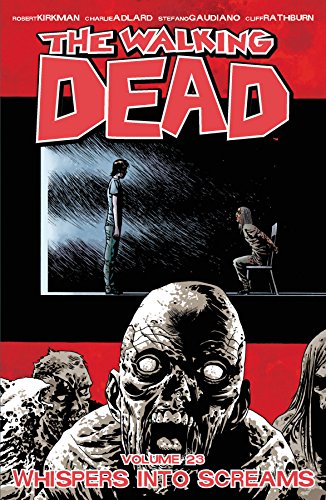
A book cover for The Walking Dead Volume 23: Whispers Into Screams (Walking Dead Tp); Robert Kirkman; Comics & Graphic Novels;